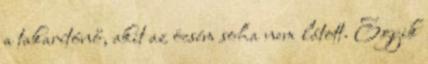
a takarítónő, akit az öcsém soha nem látott. Egyik